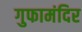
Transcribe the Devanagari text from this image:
गुफामंदिर